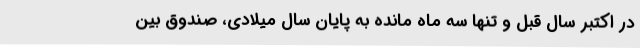
در اکتبر سال قبل و تنها سه ماه مانده به پایان سال میلادی، صندوق بین